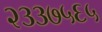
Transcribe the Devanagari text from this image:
२३३७५६५